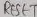
Text: RESET